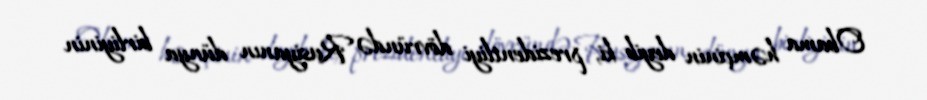
Obama həmçinin deyib ki, prezidentliyi dövründə Rusiyanın dünya birliyinin